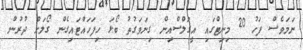
ނަމަވެސް ފަހު 20 މިނިޓްގައި އީގަލްސްއިން ގިނަވަގުތު ބޯޅަ ހިފަހައްޓައިގެން ގޯލަށް ދުރުން